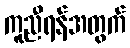
ကူညီရန်အတွက်